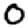
Digit: 0